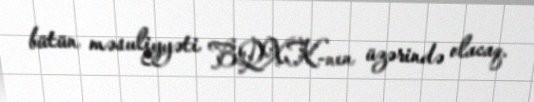
bütün məsuliyyəti BQXK-nın üzərində olacaq.